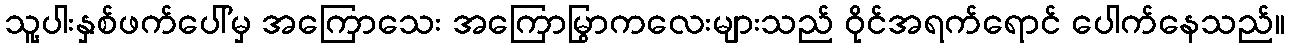
သူ့ပါးနှစ်ဖက်ပေါ်မှ အကြောသေး အကြောမြွာကလေးများသည် ဝိုင်အရက်ရောင် ပေါက်နေသည်။